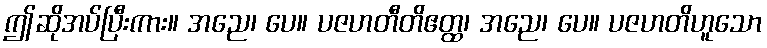
ဤဆိုအပ်ပြီးကား။ အညေ၊ ပေ။ ပဇဟတီတိဧတ္ထ၊ အညေ၊ ပေ။ ပဇဟတိဟူသော